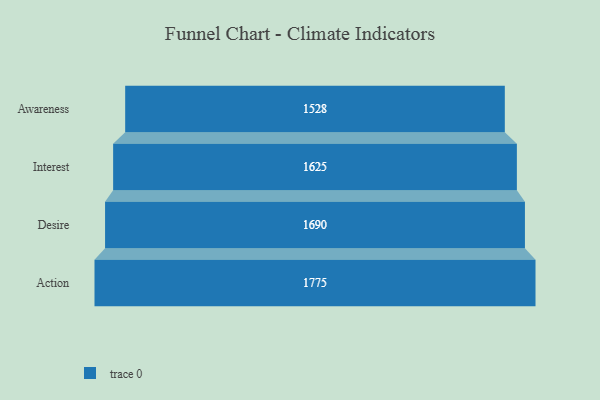
{"axis": {"x": "Stage", "y": "Value"}, "legend": [""], "data": [{"x": "Awareness", "y": 1528.0, "type": ""}, {"x": "Interest", "y": 1625.0, "type": ""}, {"x": "Desire", "y": 1690.0, "type": ""}, {"x": "Action", "y": 1775.0, "type": ""}]}